Vaccination in Bombay 1874-1876 - 1874-1876
Year: 1874
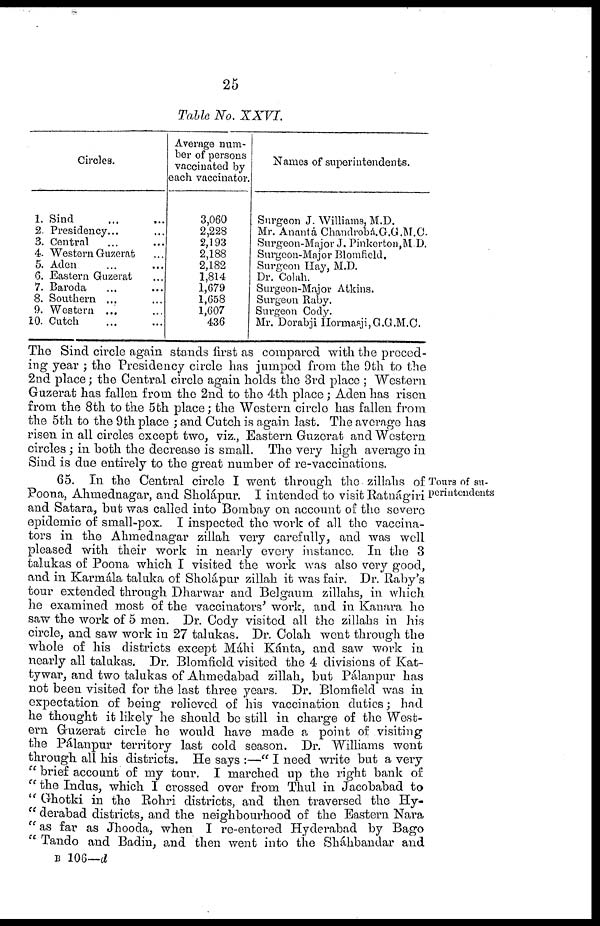
25
Table No. XXVI.
1.
2.
3.
4.
5.
6.
7.
8.
9.
10.
Circles.
Sind ... ...
Presidency... ...
Central ... ...
Western Guzerat ...
Aden ... ...
Eastern Guzerat ...
Baroda ... ...
Southern ... ...
Western ... ...
Cutch ... ...
Average num-
ber of persons
vaccinated by
each vaccinator.
3,060
2,228
2,193
2,188
2,182
1,814
1,679
1,658
1,607
436
Names of superintendents.
Surgeon J. Williams, M.D.
Mr. Anantá Chandrobá.G.G.M.C.
Surgeon-Major J. Pinkorton,MD.
Surgeon-Major Blomfield.
Surgeon Hay, M.D.
Dr. Colah.
Surgeon-Major Atkins.
Surgeon Raby.
Surgeon Cody.
Mr. Dorabji Hormasji,G.G.M.C.
The Sind circle again stands first as compared with the preced-
ing year ; the Presidency circle has jumped from the 9th to the
2nd place; the Central circle again holds the 3rd place ; Western
Guzerat has fallen from the 2nd to the 4th place; Aden has risen
from the 8th to the 5th place; the Western circle has fallen from
the 5th to the 9th place ; and Cutch is again last. The average has
risen in all circles except two, viz., Eastern Guzerat and Western
circles ; in both the decrease is small. The very high average in
Sind is due entirely to the great number of re-vaccinations.
Tours of su-
perintendents
65. In the Central circle I went through the zillahs of'
Poona, Ahmednagar, and Sholápur. I intended to visit Ratnágiri
and Satara, but was called into Bombay on account of the severe
epidemic of small-pox. I inspected the work of all the vaccina-
tors in the Ahmednagar zillah very carefully, and was well
pleased with their work in nearly every instance. In the 3
talukas of Poona which I visited the work was also very good,
and in Karmála taluka of Sholápur zillah it was fair. Dr. Raby's
tour extended through Dharwar and Belgaum zillahs, in which
he examined most of the vaccinators' work, and in Kanara he
saw the work of 5 men. Dr. Cody visited all the zillahs in his
circle, and saw work in 27 talukas. Dr. Colah went through the
whole of his districts except Máhi Kánta, and saw work in
nearly all talukas. Dr. Blomfield visited the 4 divisions of Kat-
tywar, and two talukas of Ahmedabad zillah, but Pálanpur has
not been visited for the last three years. Dr. Blomfield was in
expectation of being relieved of his vaccination duties; had
he thought it likely he should be still in charge of the West-
ern Guzerat circle he would have made a point of visiting
the Pálanpur territory last cold season. Dr. Williams went
through all his districts. He says :—" I need write but a very
" brief account of my tour. I marched up the right bank of
" the Indus, which I crossed over from Thul in Jacobabad to
" Ghotki in the Rohri districts, and then traversed the Hy-
" derabad districts, and the neighbourhood of the Eastern Nara
" as far as Jhooda, when I re-entered Hyderabad by Bago
" Tando and Badin, and then went into the Sháhbandar and
B 106—d